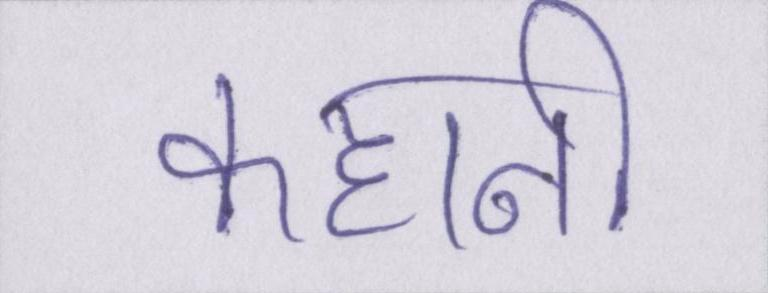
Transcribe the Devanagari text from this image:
कहानी